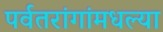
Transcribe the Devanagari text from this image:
पर्वतरांगांमधल्या